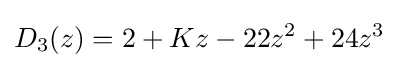
D_{3}(z)=2+Kz-22z^{2}+24z^{3}